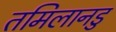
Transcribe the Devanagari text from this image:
तमिलानडु